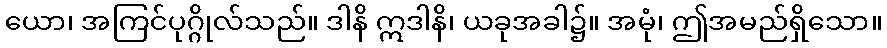
ယော၊ အကြင်ပုဂ္ဂိုလ်သည်။ ဒါနိ ဣဒါနိ၊ ယခုအခါ၌။ အမုံ၊ ဤအမည်ရှိသော။